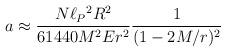
LaTeX: \begin{align*}a\approx{N \ell_P{}^2 R^2\over 61440 M^2 Er^2}{1\over (1-2M/r)^2}\end{align*}